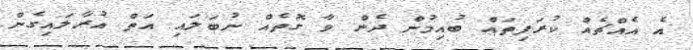
އެ އެއްޗެއް ކުރަފިތައް ބުއިމުން ދެން ވާ ގޮތެއް ނުބަލައި އަތް އުރާލައިގެން